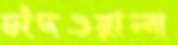
চাঁদওয়ালা